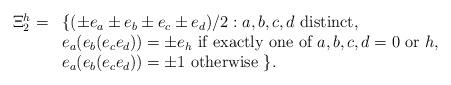
LaTeX: \begin{align*}\begin{array}{cl}\Xi_{2}^{h} = & \{(\pm e_{a}\pm e_{b}\pm e_{c}\pm e_{d})/2: a,b,c,d\mbox{ distinct}, \\ & e_{a}(e_{b}(e_{c}e_{d}))=\pm e_{h} \mbox{ if exactly one of } a,b,c,d= 0\mbox{ or } h, \\ & e_{a}(e_{b}(e_{c}e_{d}))=\pm 1 \mbox{ otherwise }\}.\end{array}\end{align*}